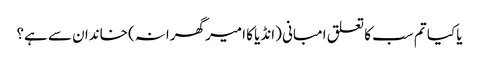
یا کیا تم سب کا تعلق امبانی (انڈیا کا امیر گھرانہ) خاندان سے ہے؟